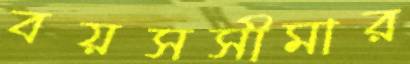
বয়সসীমার